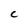
Character: c